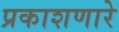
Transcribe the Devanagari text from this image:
प्रकाशणारे